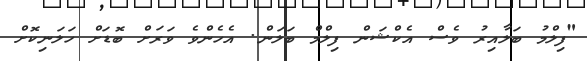
"ފިލްމު ބަލާއިރު ވެސް އެކްޝަން ފިލްމް ބަލަން. އެހެންވެ ވަރަށް ބޮޑަށް ހަލަނިކޮށް